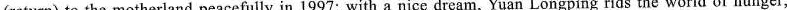
(return) to the motherland peacefully in 1997; with a nice dream, Yuan Longping rids the world of hunger;